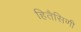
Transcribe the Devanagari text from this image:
हितैसिणी